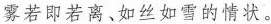
雾若即若离、如丝如雪的情状。